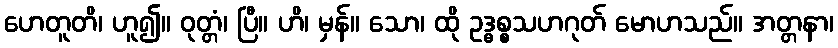
ဟေတူတိ၊ ဟူ၍။ ဝုတ္တံ၊ ပြီ။ ဟိ၊ မှန်။ သော၊ ထို ဥဒ္ဓစ္စသဟဂုတ် မောဟသည်။ အတ္တနာ၊